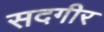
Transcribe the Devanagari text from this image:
सदगीर